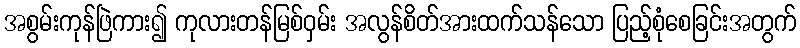
အစွမ်းကုန်ဖြဲကား၍ ကုလားတန်မြစ်ဝှမ်း အလွန်စိတ်အားထက်သန်သော ပြည့်စုံစေခြင်းအတွက်